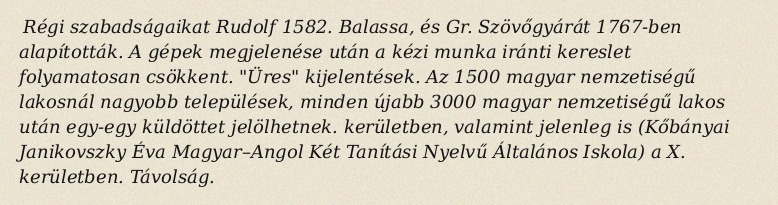
Régi szabadságaikat Rudolf 1582. Balassa, és Gr. Szövőgyárát 1767-ben alapították. A gépek megjelenése után a kézi munka iránti kereslet folyamatosan csökkent. "Üres" kijelentések. Az 1500 magyar nemzetiségű lakosnál nagyobb települések, minden újabb 3000 magyar nemzetiségű lakos után egy-egy küldöttet jelölhetnek. kerületben, valamint jelenleg is (Kőbányai Janikovszky Éva Magyar–Angol Két Tanítási Nyelvű Általános Iskola) a X. kerületben. Távolság.